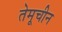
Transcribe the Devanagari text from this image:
तेमूचीन